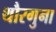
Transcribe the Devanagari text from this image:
थौरगुना